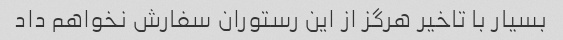
بسیار با تاخیر هرگز از این رستوران سفارش نخواهم داد